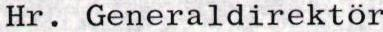
Hr. Generaldirektör